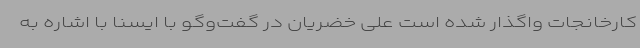
کارخانجات واگذار شده است علی خضریان در گفت‌وگو با ایسنا با اشاره به